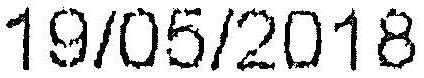
19/05/2018